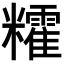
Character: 𥽥